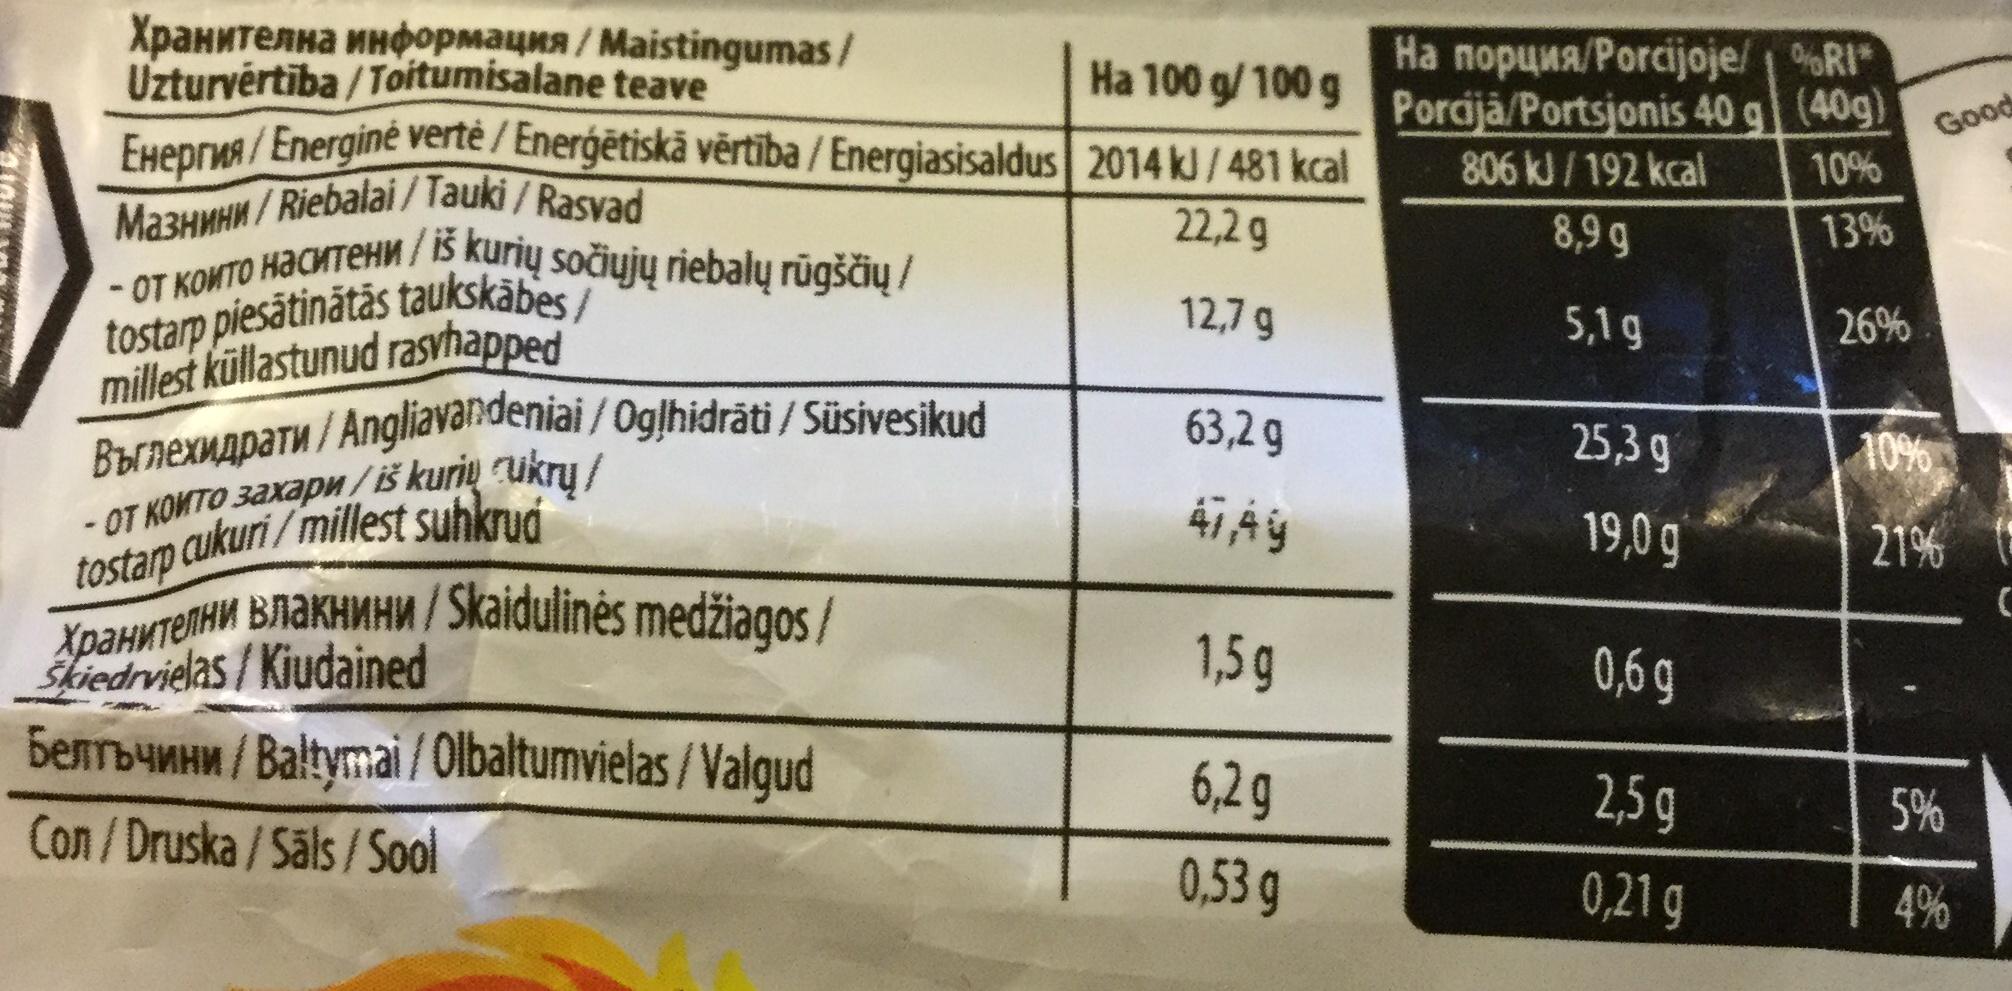
Хранителна информация / Maistingumas/ Uzturvērtība/Toitumisalane teave
EHepr/Energinė vertė / Enerģētiskā vērtība / Energiasisaldus
Mа3нини/Riebalai/Tauki / Rasvad
-от които наситени/ iš kurių sočiųjų riebalų rūgščių/ tostarp piesātinātās taukskābes/ millest küllastunud rasvhapped
Выnеxидpати/Angliavandeniai / Ogļhidrāti / Süsivesikud - от които захари/is kuriy ukry/ tostarp cukuri/millest suhkrud
Хранителни влакнини / Skaidulines medžiagos/
Skiedrvielas/Kiudained
Beлbчини/Baltymai/Olbaltumvielas/Valgud
Con/Druska/Säls/Sool
Ha 100 g/100g
2014 kJ / 481 kcal
22,2 g
12,7 g
63,2 g
47,Ay
1,5g
6,2 g
0,53 g
На порция/Porcijoje/ 1 %RI* Porcija/Portsjonis 40 g (40g)
806 kJ/192 kcal
10%
8,9 g
5,1 g
25,3 g
19,0 g
0,6 g
2,5 g
0,21 g
13%
26%
10%
Good
21%
5%
4%